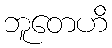
ဘူတေဟိ